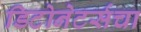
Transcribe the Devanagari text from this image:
डिटोनेटर्सचा